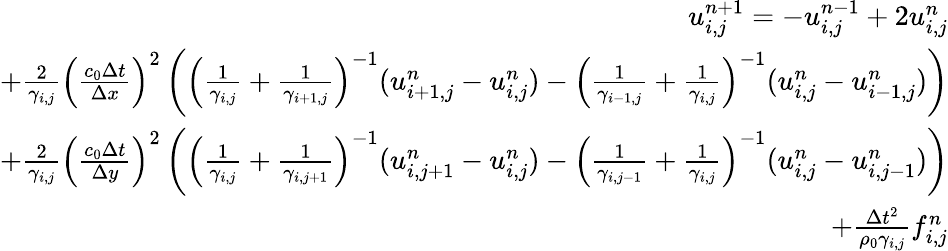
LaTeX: \begin{array}{r}{u_{i,j}^{n+1}=-u_{i,j}^{n-1}+2u_{i,j}^{n}}\\ {+\frac{2}{\gamma_{i,j}}\left(\frac{c_{0}\Delta t}{\Delta x}\right)^{2}\left(\left(\frac{1}{\gamma_{i,j}}+\frac{1}{\gamma_{i+1,j}}\right)^{-1}(u_{i+1,j}^{n}-u_{i,j}^{n})-\left(\frac{1}{\gamma_{i-1,j}}+\frac{1}{\gamma_{i,j}}\right)^{-1}(u_{i,j}^{n}-u_{i-1,j}^{n})\right)}\\ {+\frac{2}{\gamma_{i,j}}\left(\frac{c_{0}\Delta t}{\Delta y}\right)^{2}\left(\left(\frac{1}{\gamma_{i,j}}+\frac{1}{\gamma_{i,j+1}}\right)^{-1}(u_{i,j+1}^{n}-u_{i,j}^{n})-\left(\frac{1}{\gamma_{i,j-1}}+\frac{1}{\gamma_{i,j}}\right)^{-1}(u_{i,j}^{n}-u_{i,j-1}^{n})\right)}\\ {+\frac{\Delta t^{2}}{\rho_{0}\gamma_{i,j}}f_{i,j}^{n}}\end{array}